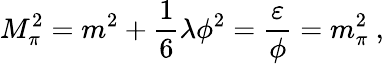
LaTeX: M_{\pi}^{2}=m^{2}+\frac{1}{6}\lambda\phi^{2}=\frac{\varepsilon}{\phi}=m_{\pi}^{2}~,